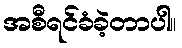
အစီရင်ခံခဲ့တာပါ။